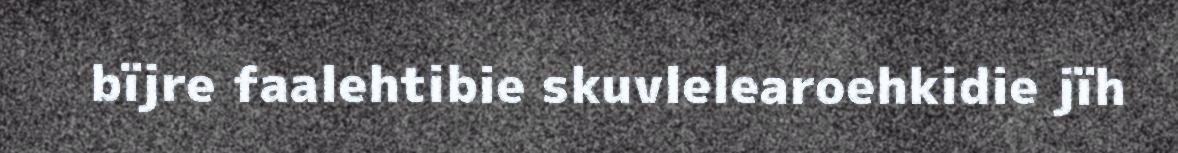
bïjre faalehtibie skuvlelearoehkidie jïh